Report on sanitation, dispensaries, and jails in Rajputana for 1912, and on vaccination for the year 1912-1913 - 1912-1913
Year: 1912
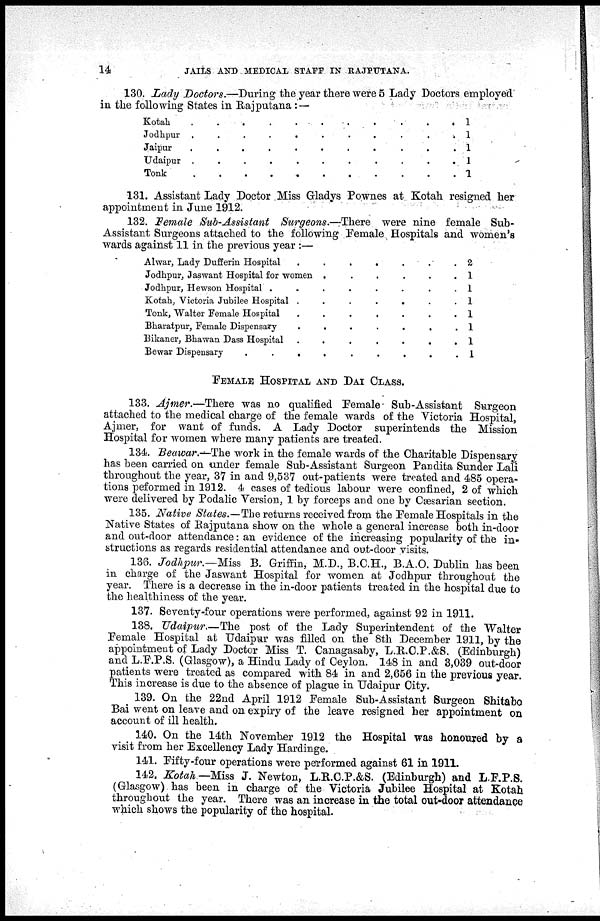
14
JAILS AND MEDICAL STAFF IN RAJPUTANA.
130. Lady Doctors.—During the year there were 5 Lady Doctors employed
in the following States in Rajputana : —
Kotah
.
.
.
.
.
.
.
Jodhpur
.
.
.
.
.
.
.
Jaipur
.
.
.
.
.
.
.
Udaipur
.
.
.
.
.
.
.
Tonk
.
.
.
.
.
.
1
1
1
1
1
131. Assistant Lady Doctor Miss Gladys Pownes at Kotah resigned her
appointment in June 1912.
132. Female Sub-Assistant Surgeons.—There were nine female Sub-
Assistant Surgeons attached to the following Female Hospitals and women's
wards against 11 in the previous year :—
Alwar, Lady Duffierm Hospital
.
.
.
.
.
.
Jodhpur, Jaswant Hospital for women
.
.
.
.
Jodhpur, Hewson Hospital
.
.
.
.
.
.
Kotah, Victoria Jubilee Hospital
.
.
.
.
.
.
.
Tonk, Walter Female Hospital
.
.
.
.
.
.
Bharatpur, Female Dispensary
.
.
.
.
.
.
Bikaner, Bhawan Dass Hospital
.
.
.
.
.
.
Bewar Dispensary
.
.
.
.
.
.
.
2
1
1
1
1
1
1
1
FEMALE HOSPITAL AND DAI CLASS.
133. Ajmer.—There was no qualified Female Sub-Assistant Surgeon
attached to the medical charge of the female wards of the Victoria Hospital,
Ajmer, for want of funds. A Lady Doctor superintends the Mission
Hospital for women where many patients are treated.
134. Beawar.—The work in the female wards of the Charitable Dispensary
has been carried on under female Sub-Assistant Surgeon Pandita Sunder Lali
throughout the year, 37 in and 9,537 out-patients were treated and 485 opera-
tions peformed in 1912. 4 cases of tedious labour were confined, 2 of which
were delivered by Podalic Version, 1 by forceps and one by Caesarian section.
135. Native States.—The returns received from the Female Hospitals in the
Native States of Rajputana show on the whole a general increase both in-door
and out-door attendance: an evidence of the increasing popularity of the in-
structions as regards residential attendance and out-door visits.
136. Jodhpur.—Miss B. Griffin, M.D., B.C.H., B.A.O. Dublin has been
in charge of the Jaswant Hospital for women at Jodhpur throughout the
year. There is a decrease in the in-door patients treated in the hospital due to
the healthiness of the year.
137. Seventy-four operations were performed, against 92 in 1911.
138. Udaipur.—The post of the Lady Superintendent of the Walter
Female Hospital at Udaipur was filled on the 8th December 1911, by the
appointment of Lady Doctor Miss T. Canagasaby, L.R.C.P.&S. (Edinburgh)
and L.F.P.S. (Glasgow), a Hindu Lady of Ceylon. 148 in and 3,039 out-door
patients were treated as compared with 84 in and 2,656 in the previous year.
This increase is due to the absence of plague in Udaipur City.
139. On the 22nd April 1912 Female Sub-Assistant Surgeon Shitabo
Bai went on leave and on expiry of the leave resigned her appointment on
account of ill health.
140. On the 14th November 1912 the Hospital was honoured by a
visit from her Excellency Lady Hardinge.
141. Fifty-four operations were performed against 61 in 1911.
142. Kotah— Miss J. Newton, L.R.C.P.&S. (Edinburgh) and L.F.P.S.
(Glasgow) has been in charge of the Victoria Jubilee Hospital at Kotah
throughout the year. There was an increase in the total out-door attendance
which shows the popularity of the hospital.